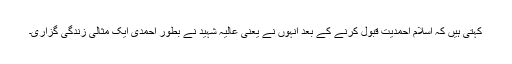
کہتی ہیں کہ اسلام احمدیت قبول کرنے کے بعد انہوں نے یعنی عالیہ شہید نے بطور احمدی ایک مثالی زندگی گزاری۔